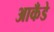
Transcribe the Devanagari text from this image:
आकँडे